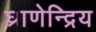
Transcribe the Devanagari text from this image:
घ्राणेन्द्रिय